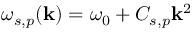
\omega _ { s , p } ( \mathbf { k } ) = \omega _ { 0 } + C _ { s , p } \mathbf { k } ^ { 2 }